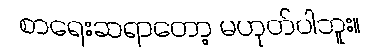
စာရေးဆရာတော့ မဟုတ်ပါဘူး။